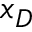
x _ { D }